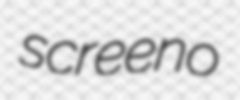
screeno